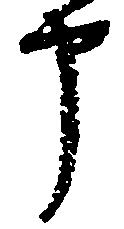
申